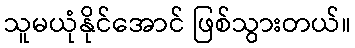
သူမယုံနိုင်အောင် ဖြစ်သွားတယ်။